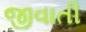
જીવાતી